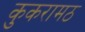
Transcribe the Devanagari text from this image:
कुकरामठ